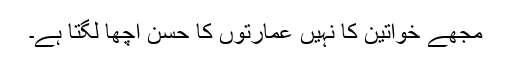
مجھے خواتین کا نہیں عمارتوں کا حُسن اچھا لگتا ہے۔